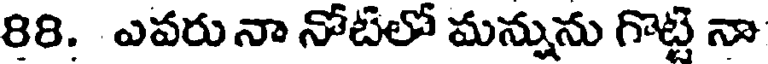
88. ఎవరునా నోటిలో మన్నును గొట్టి నా